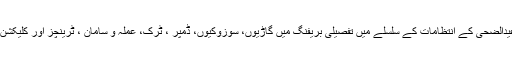
اس موقع پر چائنیز کنٹریکٹرز نے عیدالضحیٰ کے انتظامات کے سلسلے میں تفصیلی بریفنگ میں گاڑیوں، سوزوکیوں، ڈمپر ، ٹرک، عملہ و سامان ، ٹرینچز اور کلیکشن پوائنٹس کے انتظامات سے آگاہ کیا۔